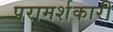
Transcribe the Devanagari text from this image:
परामर्शकारी